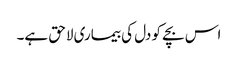
اس بچے کو دل کی بیماری لاحق ہے۔